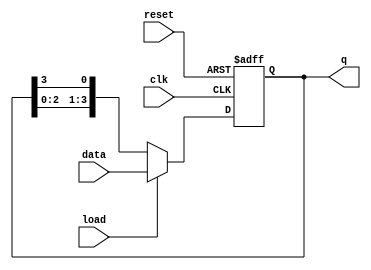
module LoadableRingCounter (
    input wire clk,          // Clock input
    input wire reset,        // Asynchronous reset
    input wire load,         // Load input
    input wire [N-1:0] data, // Data input for loading
    output reg [N-1:0] q     // Output state of the counter
);
    parameter N = 4; // Number of bits in the ring counter

    always @(posedge clk or posedge reset) begin
        if (reset) begin
            // Initialize the counter: only the first flip-flop is set
            q <= 1'b1; // Set the first bit to '1' and others to '0'
        end else if (load) begin
            // Load the new value into the counter
            q <= data;
        end else begin
            // Shift the '1' bit in a circular manner
            q <= {q[N-2:0], q[N-1]}; // Shift left and wrap around
        end
    end
endmodule